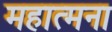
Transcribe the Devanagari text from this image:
महात्मना